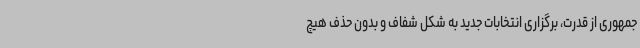
‌جمهوری از قدرت، برگزاری انتخابات جدید به شکل شفاف و بدون حذف هیچ